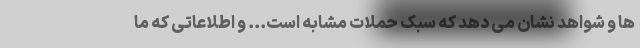
ها و شواهد نشان می دهد که سبک حملات مشابه است... و اطلاعاتی که ما